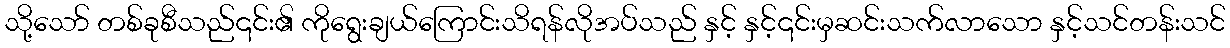
သို့သော် တစ်ခုစီသည်၎င်း၏ ကိုရွေးချယ်ကြောင်းသိရန်လိုအပ်သည် နှင့် နှင့်၎င်းမှဆင်းသက်လာသော နှင့်သင်တန်းသင်